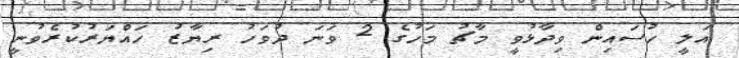
އަލީ ހުސައިން ވިދާޅުވީ މާޗު މަހުގެ 2 ވަނަ ދުވަހު ރިޔާޒު ހައްޔަރުކުރެވުނީ